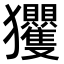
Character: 𭸴